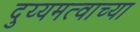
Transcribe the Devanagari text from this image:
दुय्यमत्वाच्या